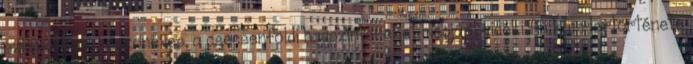
szimpatikus, huszonéves, a csecsenföldi hadszíntereket megjárt vidéki fiú karriertörténete